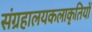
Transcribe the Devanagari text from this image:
संग्रहालयकलाकृतियों